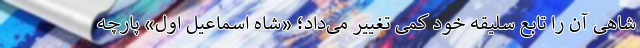
شاهی آن را تابع سلیقه خود کمی تغییر می‌داد؛ «شاه اسماعیل اول» پارچه